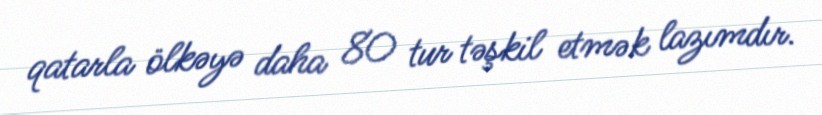
qatarla ölkəyə daha 80 tur təşkil etmək lazımdır.